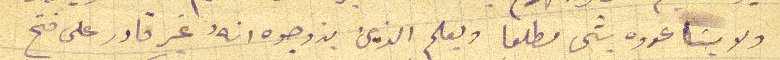
ولايسَاعدوه شى مطلعا ويعلم الذين يزوجوه انهُ غير قادر على فتح